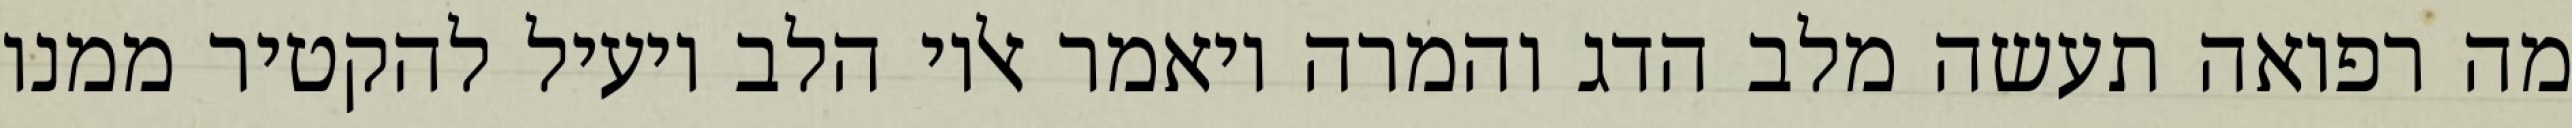
מה רפואה תעשה מלב הדג והמרה ויאמר אליו הלב יועיל להקטיר ממנו